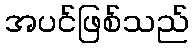
အပင်ဖြစ်သည်